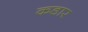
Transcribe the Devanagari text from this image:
कडार